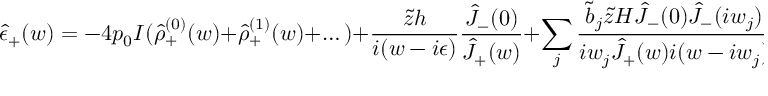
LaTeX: \hat { \epsilon } _ { + } ( w ) = - 4 p _ { 0 } I ( \hat { \rho } _ { + } ^ { ( 0 ) } ( w ) + \hat { \rho } _ { + } ^ { ( 1 ) } ( w ) + \dots ) + \frac { \tilde { z } h } { i ( w - i \epsilon ) } \frac { \hat { J } _ { - } ( 0 ) } { \hat { J } _ { + } ( w ) } + \sum _ { j } \frac { \tilde { b } _ { j } \tilde { z } H \hat { J } _ { - } ( 0 ) \hat { J } _ { - } ( i w _ { j } ) } { i w _ { j } \hat { J } _ { + } ( w ) i ( w - i w _ { j } ) } e ^ { - 2 B w _ { j } } + \dots